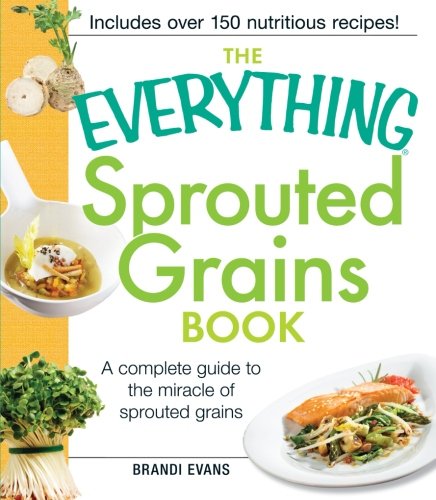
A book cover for The Everything Sprouted Grains Book: A complete guide to the miracle of sprouted grains; Brandi Evans; Cookbooks, Food & Wine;